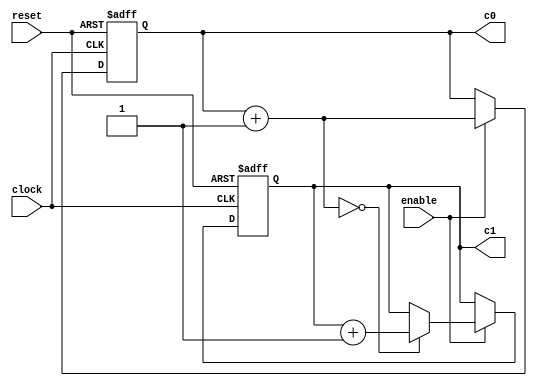
module count #(
    parameter  c0_size = 3,
    parameter  c1_size = 16
)(
    input clock, reset, enable,
    output reg [c0_size-1:0] c0,
    output reg [c1_size-1:0] c1
);



always @(posedge clock or negedge reset) begin
    if (!reset) begin
        c0 = 0;
        c1 = 2;
    end
    else if (enable)
    begin
        c0 = c0 + 1;
        if (c0==0) 
            c1 = c1+1;
    end
end

endmodule